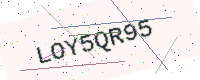
Text: LOY5QR95